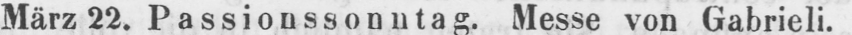
März 22. Passionssonntag. Messe von Gabrieli.